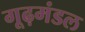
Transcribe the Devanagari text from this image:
गूढ़मंडल